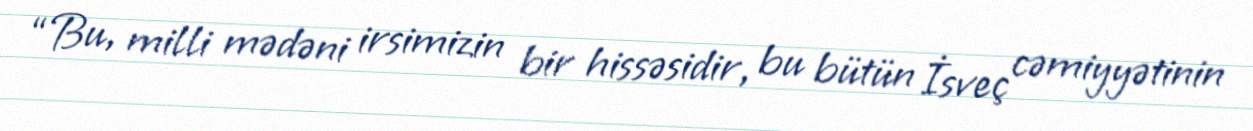
“Bu, milli mədəni irsimizin bir hissəsidir, bu bütün İsveç cəmiyyətinin